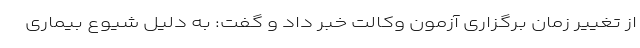
از تغییر زمان برگزاری آزمون وکالت خبر داد و گفت: به دلیل شیوع بیماری